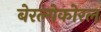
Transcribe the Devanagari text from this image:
बेरल्गेकोरल